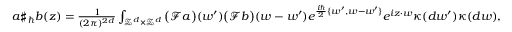
\begin{array} { r } { a \sharp _ { \hbar } b ( z ) = \frac { 1 } { ( 2 \pi ) ^ { 2 d } } \int _ { \mathcal { Z } ^ { d } \times \mathcal { Z } ^ { d } } \big ( \mathcal { F } a \big ) ( w ^ { \prime } ) \big ( \mathcal { F } b \big ) ( w - w ^ { \prime } ) e ^ { \frac { i \hbar } { 2 } \{ w ^ { \prime } , w - w ^ { \prime } \} } e ^ { i z \cdot w } \kappa ( d w ^ { \prime } ) \kappa ( d w ) , } \end{array}